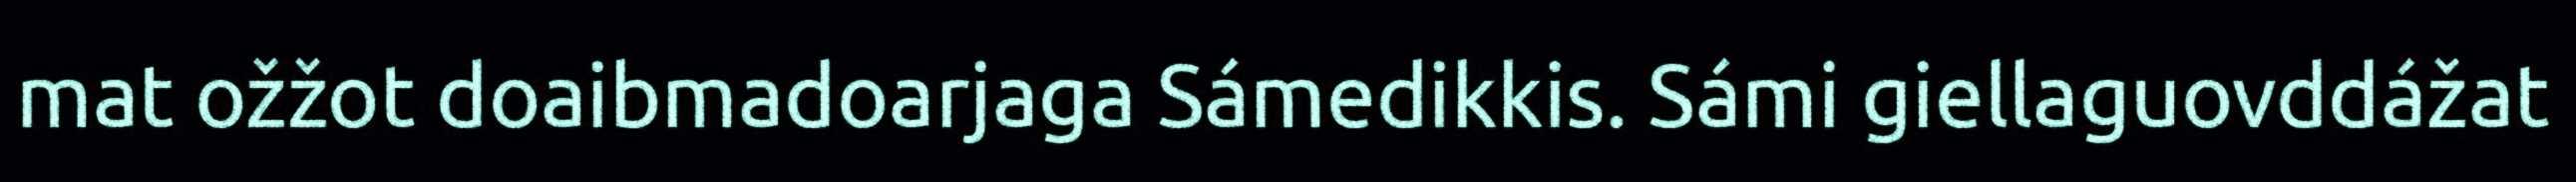
mat ožžot doaibmadoarjaga Sámedikkis. Sámi giellaguovddážat